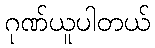
ဂုဏ်ယူပါတယ်